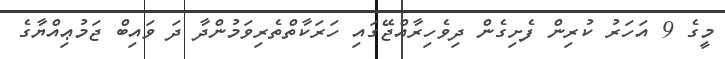
މީގެ 9 އަހަރު ކުރިން ފެށިގެން ދިވެހިރާއްޖޭގައި ހަރަކާތްތެރިވަމުންދާ ދަ ވައިބް ޖަމުޢިއްޔާގެ